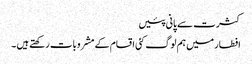
کثرت سے پانی پئیں
افطار میں ہم لوگ کئی اقسام کے مشروبات رکھتے ہیں ۔